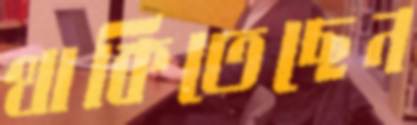
থাকিতেছেন